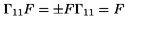
\Gamma _ { 1 1 } F = \pm F \Gamma _ { 1 1 } = F